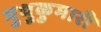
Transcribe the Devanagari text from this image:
मुथुकुमारी